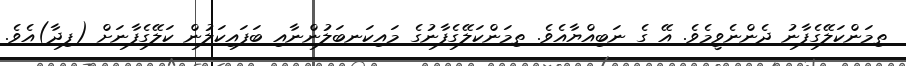
ތިމަންކަލޭގެފާނު ދެންނެވީމެވެ. އޭ ގެ ނަބިއްޔާއެވެ. ތިމަންކަލޭގެފާނުގެ މައިކަނބަލުންނާއި ބަފައިކަލުން ކަލޭގެފާނަށް (ފިދާ)އެވެ.